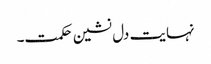
نہایت دل نشین حکمت۔